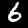
Digit: 6